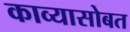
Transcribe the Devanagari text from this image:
काव्यासोबत